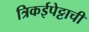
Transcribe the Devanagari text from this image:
त्रिकईपेट्टाची